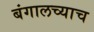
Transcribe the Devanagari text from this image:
बंगालच्याच